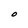
Character: O